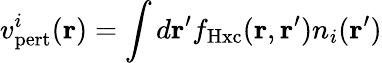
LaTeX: v_{\mathrm{pert}}^{i}(\mathbf{r})=\int d\mathbf{r}^{\prime}f_{\mathrm{Hxc}}(\mathbf{r},\mathbf{r}^{\prime})n_{i}(\mathbf{r}^{\prime})